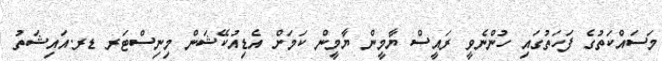
މަސައްކަތުގެ ފަހަތުގައި ހުންނެވީ ރައީސް ޔާމީން ޔާމީން ކަމަށް އެޑިއުކޭޝަން މިނިސްޓަރ ޑރ.އައިޝަތު